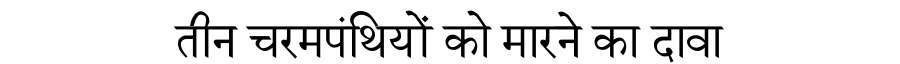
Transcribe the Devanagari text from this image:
तीन चरमपंथियों को मारने का दावा